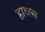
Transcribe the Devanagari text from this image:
हाव्ल्स